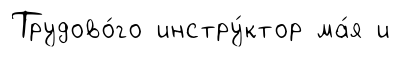
Трудово́го инстру́ктор ма́я и